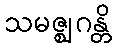
သမဇ္ဈဂန္တိ